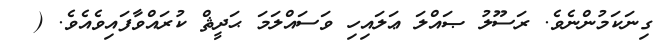
ގިނަކަމުންނެވެ. ރަސޫލު ޞައްލަ ޢަލައިހި ވަސައްލަމަ ޙަދީޘް ކުރައްވާފައިވެއެވެ. (